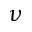
\nu